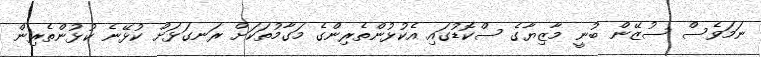
ނަމަވެސް ސުޒޭން ބުނީ މާޒިޔާގެ ސްކޮޑުގައި އެކުޅުންތެރިންގެ މަގާމުތަކަށް ރަނގަޅަށް ކުޅޭނެ ކުޅުންތެރިން